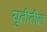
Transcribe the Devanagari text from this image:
युतीतील